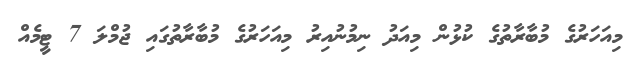
މިއަހަރުގެ މުބާރާތުގެ ކުޅުން މިއަދު ނިމުނުއިރު މިއަހަރުގެ މުބާރާތުގައި ޖުމްލަ 7 ޓީމެއް